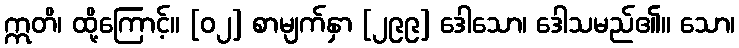
ဣတိ၊ ထို့ကြောင့်။ [၀၂] စာမျက်နှာ [၂၉၉] ဒေါသော၊ ဒေါသမည်၏။ သော၊